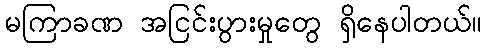
မကြာခဏ အငြင်းပွားမှုတွေ ရှိနေပါတယ်။